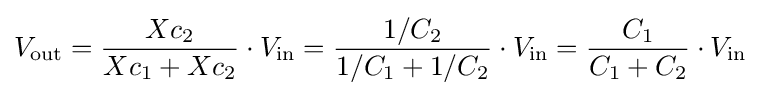
V_{\mathrm {out} }={\frac {Xc_{2}}{Xc_{1}+Xc_{2}}}\cdot V_{\mathrm {in} }={\frac {1/C_{2}}{1/C_{1}+1/C_{2}}}\cdot V_{\mathrm {in} }={\frac {C_{1}}{C_{1}+C_{2}}}\cdot V_{\mathrm {in} }